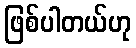
ဖြစ်ပါတယ်ဟု